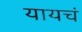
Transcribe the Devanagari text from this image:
यायचं